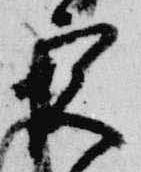
宮